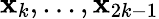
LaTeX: \mathbf{x}_{k},...,\mathbf{x}_{2k-1}